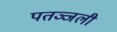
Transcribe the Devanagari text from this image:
पतञ्जली